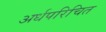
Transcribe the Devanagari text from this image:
अर्धपरिचित